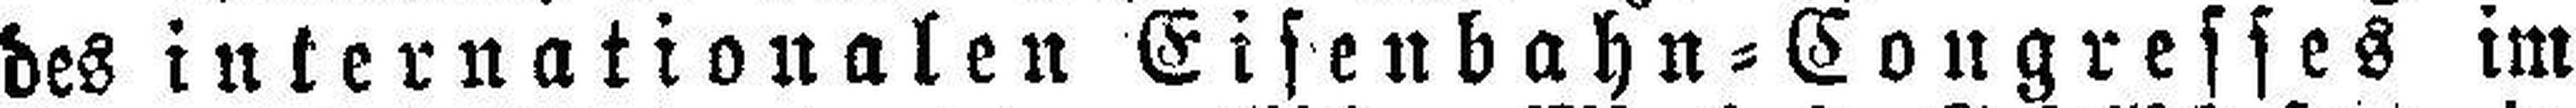
des internationalen Eisenbahn=Congresses im